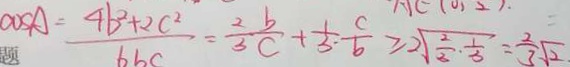
^ { \cos A = } \frac { 4 b ^ { 2 } + 2 c ^ { 2 } } { 6 b c } = \frac { 2 b } { 3 c } + \frac { 1 } { 3 } \cdot \frac { c } { b } \geq 2 \sqrt { \frac { 2 } { 2 } \cdot \frac { 1 } { 3 } } = \frac { 2 } { 3 } \sqrt { 2 } \cdot